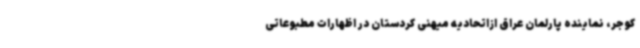
کوجر، نماینده پارلمان عراق ازاتحادیه میهنی کردستان در اظهارات مطبوعاتی